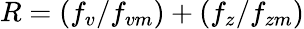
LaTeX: R=(f_{v}/f_{vm})+(f_{z}/f_{zm})